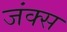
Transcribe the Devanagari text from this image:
जंक्स